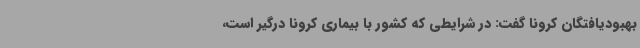
بهبودیافتگان کرونا گفت: در شرایطی که کشور با بیماری کرونا درگیر است،